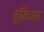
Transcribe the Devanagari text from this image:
ढूकिया